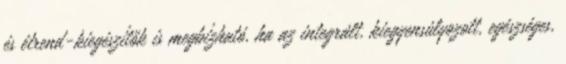
és étrend-kiegészítők is megbízható, ha az integrált, kiegyensúlyozott, egészséges,